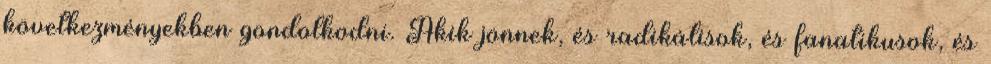
következményekben gondolkodni. Akik jönnek, és radikálisok, és fanatikusok, és